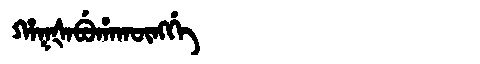
Manchu: ᡥᠠᡴᡧᠠᠪᡠᡥᠠᡴᡡᠩᡤᡝ
Romanization: HAKŠABUHAKŪNGGE